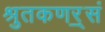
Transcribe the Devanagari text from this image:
श्रुतकणर्ॐसं